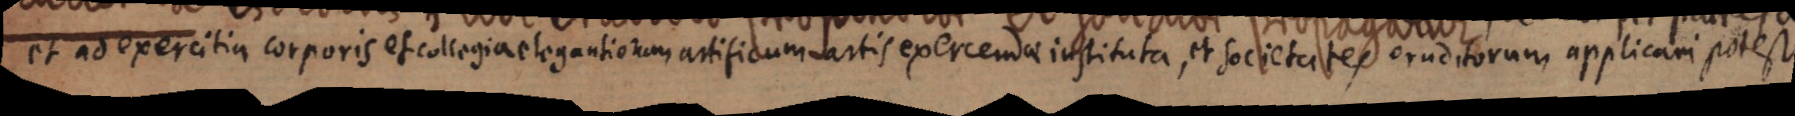
et ad exercitia corporis et collegia elegantiorum artificum martis exercenda instituta, et societates oruditorum applicari potest